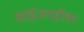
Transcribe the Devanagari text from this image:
आईजनहॉवर